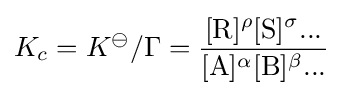
K_{c}=K^{\ominus }/\Gamma ={\frac {[\mathrm {R} ]^{\rho }[\mathrm {S} ]^{\sigma }...}{[\mathrm {A} ]^{\alpha }[\mathrm {B} ]^{\beta }...}}